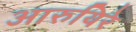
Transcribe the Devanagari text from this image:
आरुयिरे